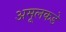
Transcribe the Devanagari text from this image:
अमूलकडे